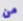
من